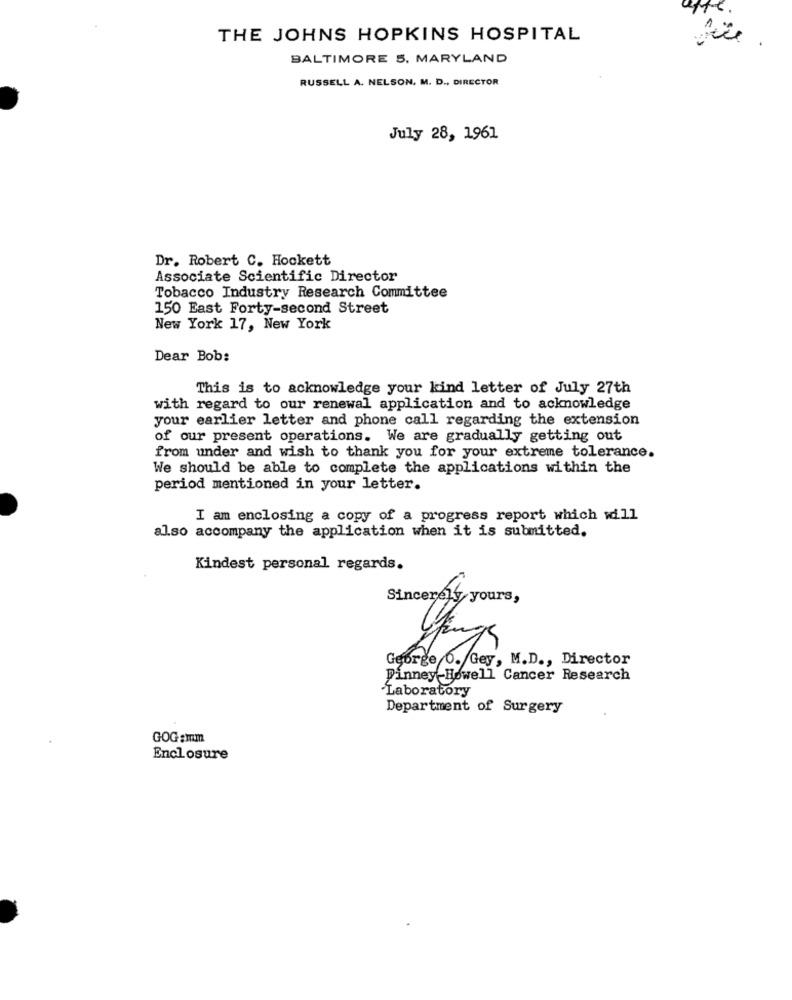
THE JOHNS HOPKINS HOSPITAL
BALTIMORE 5. MARYLAND
RUSSELL A. NELSON, M. D ., DIRECTOR
July 28, 1961
Dr. Robert C. Hockett
Associate Scientific Director
Tobacco Industry Research Committee
150 East Forty-second Street
New York 17, New York
Dear Bob:
This is to acknowledge your kind letter of July 27th
with regard to our renewal application and to acknowledge
your earlier letter and phone call regarding the extension
of our present operations. We are gradually getting out
from under and wish to thank you for your extreme tolerance.
We should be able to complete the applications within the
period mentioned in your letter.
I am enclosing a copy of a progress report which will
also accompany the application when it is submitted.
Kindest personal regards.
Sincerely yours,
George O. Gey, M.D ., Director
Finney-Howell Cancer Research
Laboratory
Department of Surgery
GOG:mm
Enclosure